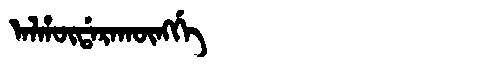
Manchu: ᠠᠯᡥᡡᡩᠠᡵᠠᡴᡡᠩᡤᡝ
Romanization: ALHŪDARAKŪNGGE